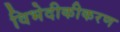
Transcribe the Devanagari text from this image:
विभेदीकीकरण